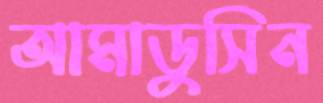
আমাডুসিন